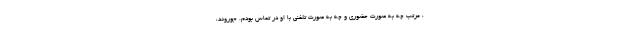
، مرتب چه به صورت حضوری و چه به صورت تلفنی با او در تماس بودم. جوروند،